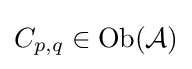
C_{p,q}\in {\text{Ob}}({\mathcal {A}})